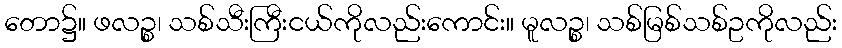
တော၌။ ဖလဉ္စ၊ သစ်သီးကြီးငယ်ကိုလည်းကောင်း။ မူလဉ္စ၊ သစ်မြစ်သစ်ဥကိုလည်း